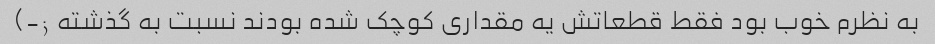
به نظرم خوب بود فقط قطعاتش یه مقداری کوچک شده بودند نسبت به گذشته ;-)